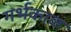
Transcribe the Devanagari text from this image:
गर्भकाळ